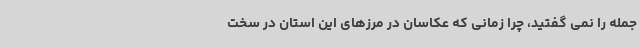
جمله را نمی گفتید، چرا زمانی که عکاسان در مرزهای این استان در سخت